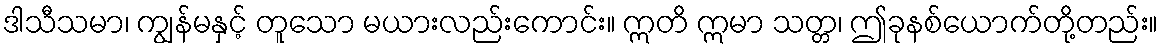
ဒါသီသမာ၊ ကျွန်မနှင့် တူသော မယားလည်းကောင်း။ ဣတိ ဣမာ သတ္တ၊ ဤခုနစ်ယောက်တို့တည်း။